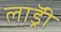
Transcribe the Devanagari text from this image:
लाॅड्री